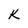
Character: K